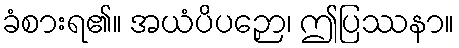
ခံစားရ၏။ အယံပိပဉှော၊ ဤပြဿနာ။